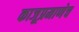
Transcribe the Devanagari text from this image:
काजूप्रमाणेच